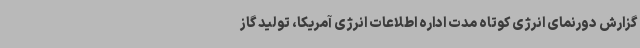
گزارش دورنمای انرژی کوتاه مدت اداره اطلاعات انرژی آمریکا، تولید گاز